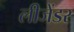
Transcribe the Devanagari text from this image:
लीजेंडर